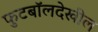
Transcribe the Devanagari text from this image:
फुटबॉलदेखील